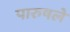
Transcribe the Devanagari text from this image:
पारुषले